Report of the King Institute of Preventive Medicine, Guindy
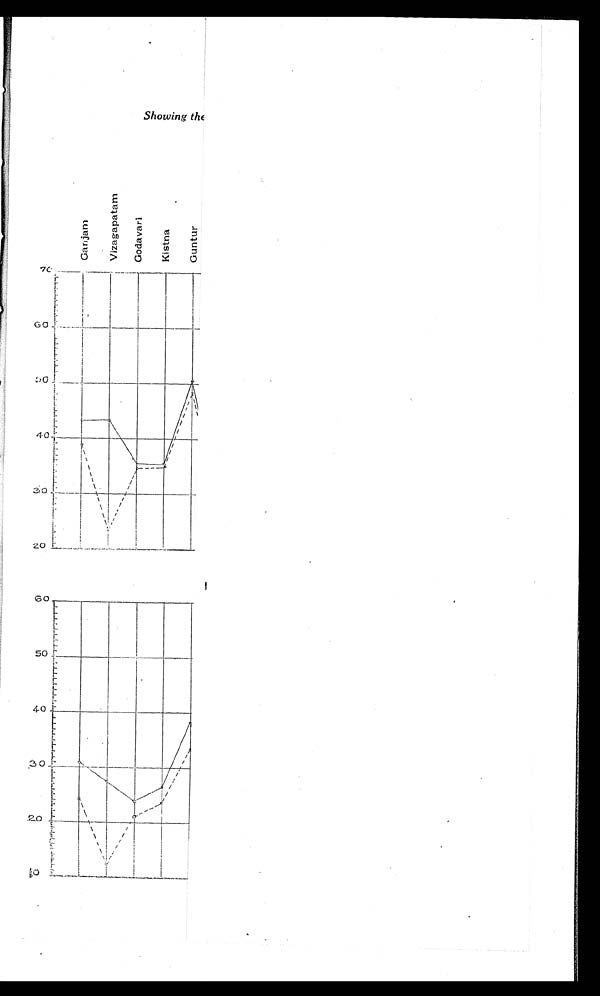
Showing the